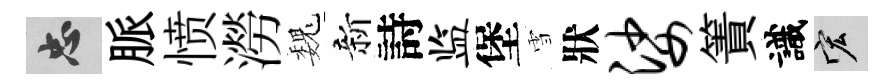
忠脈愤澇巍新詩监堡雪狀娑簀識宏